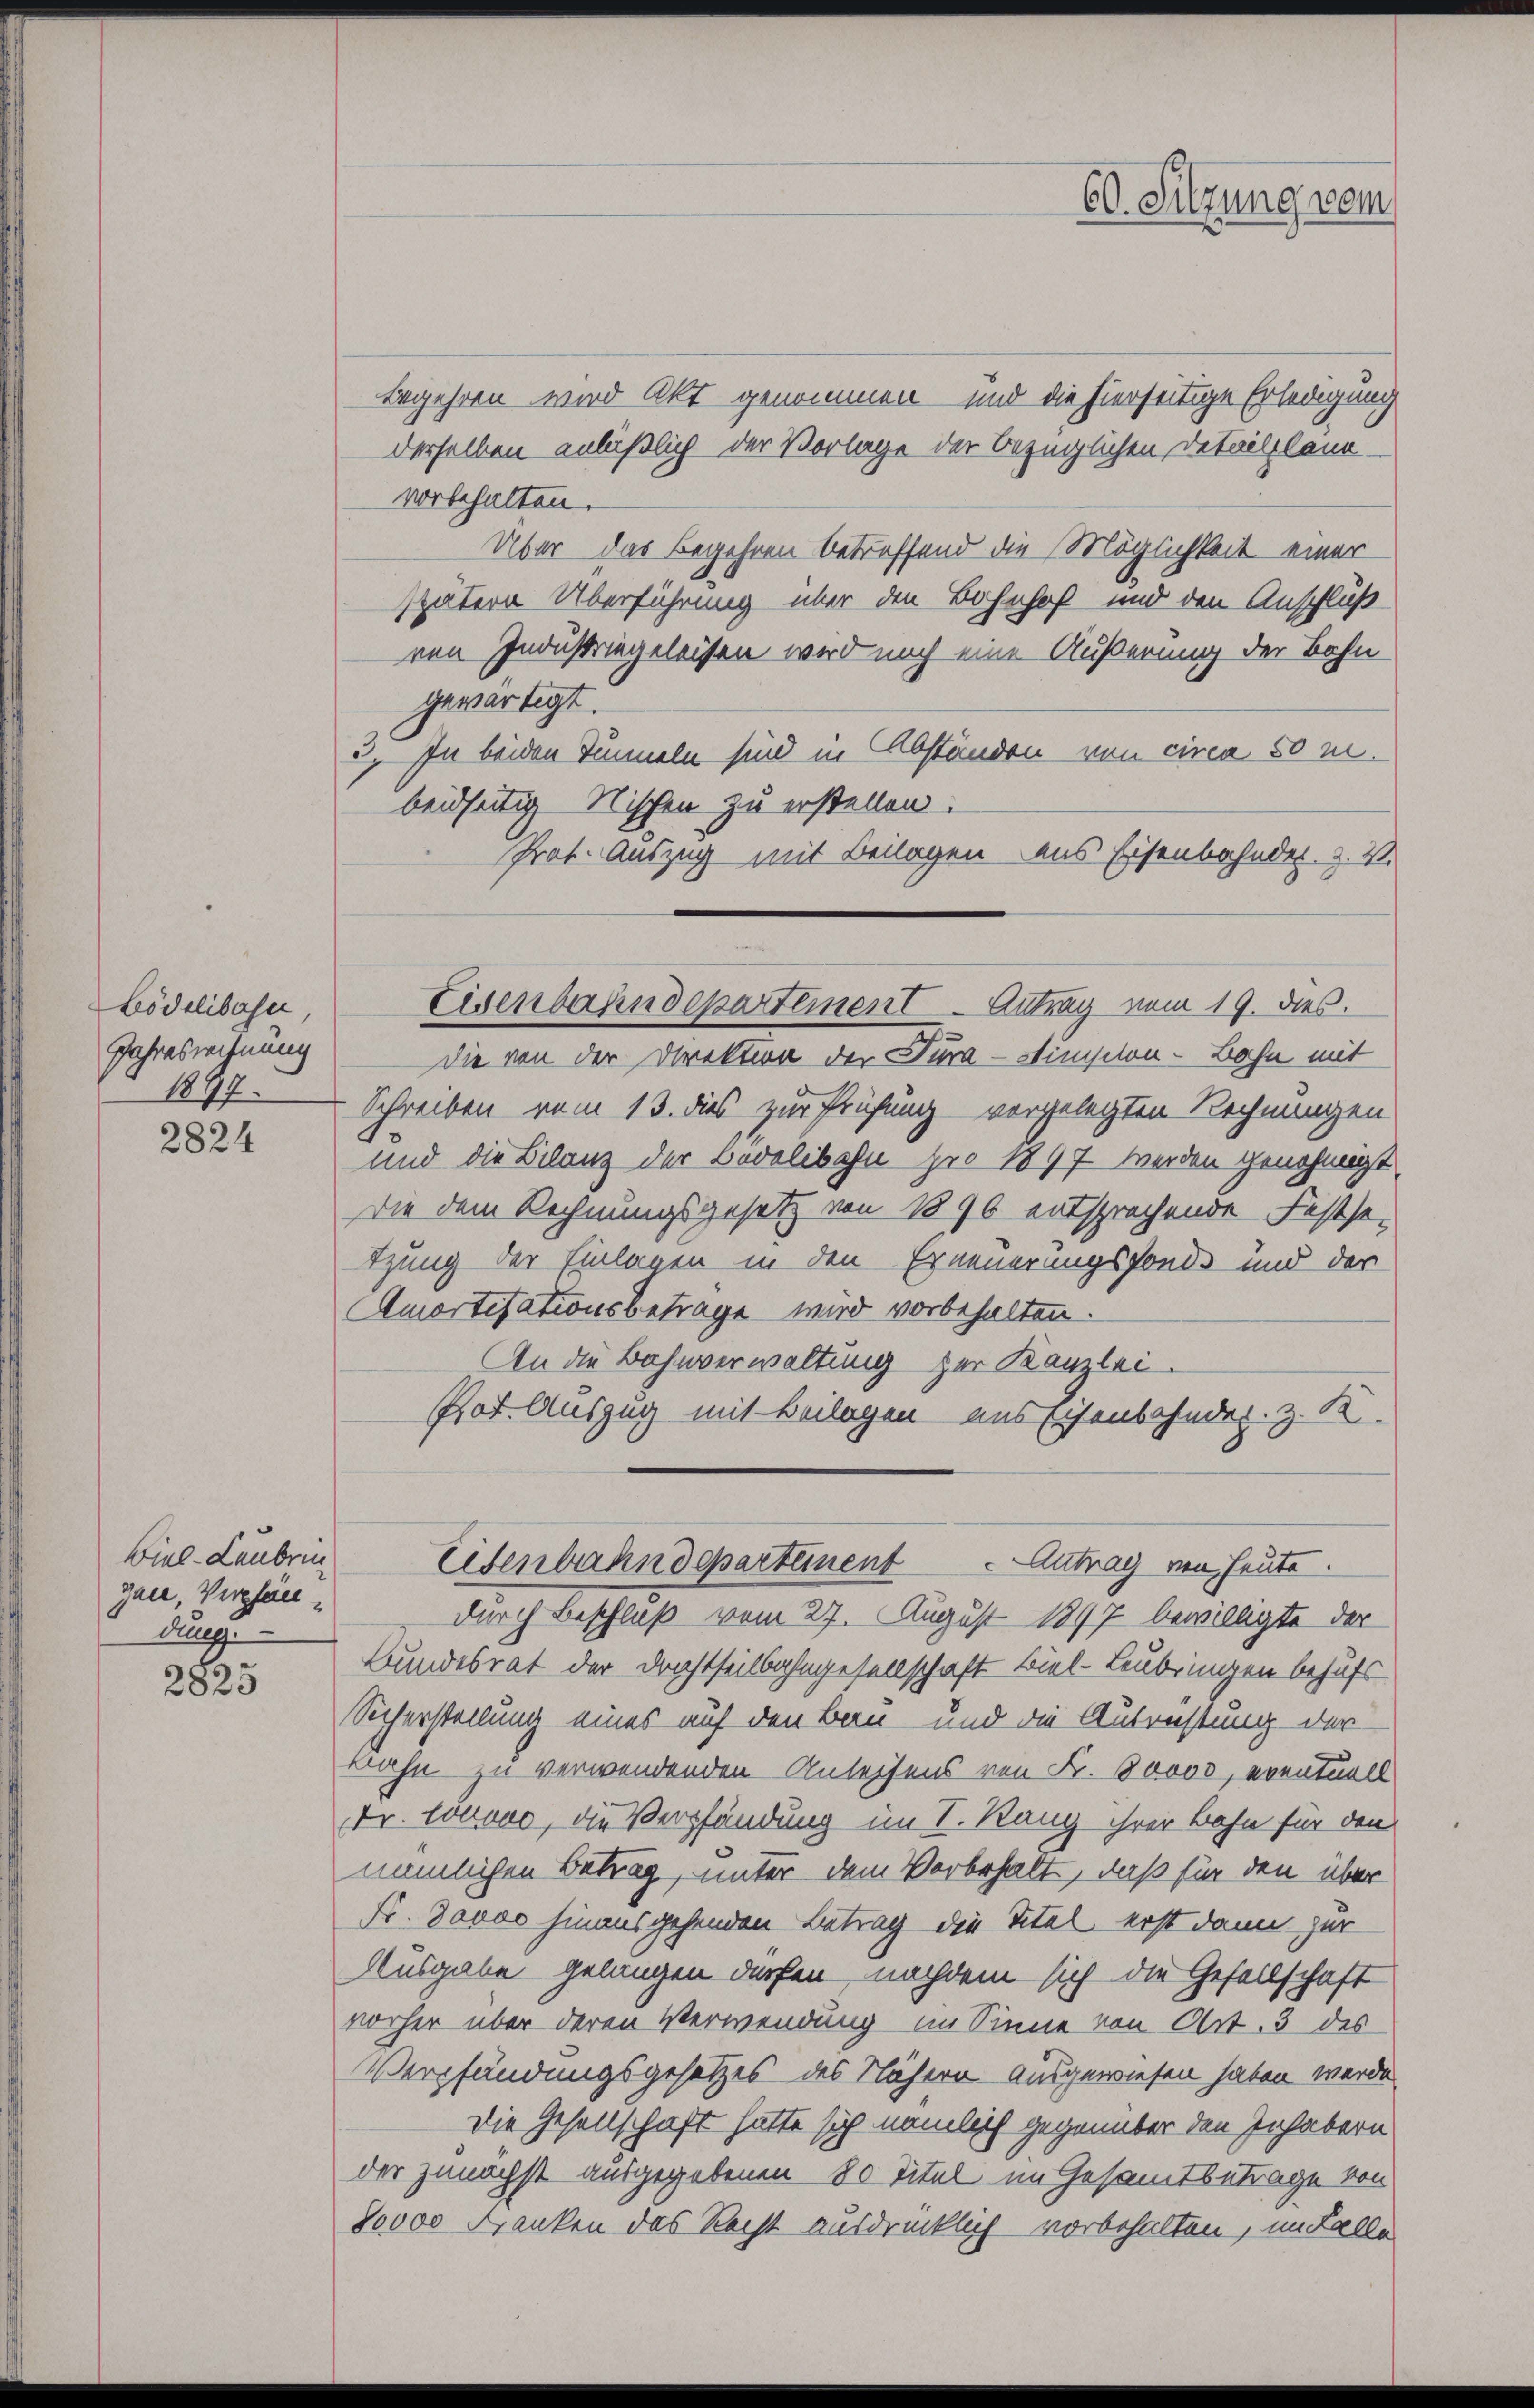
Lödelibase,
Jahreszeitung
1894.

2824

Begehren wird Akt genommen und die hierseitige Erledigung
derselben anläßlich der Vorlage der bezüglichen Detailplana-
vorbehalten.
Über das Begehren betreffend die Möglichkeit einer
spätern Überführung über den Bahnhof und den Anschluß
ven Industringeleisten wird noch eine Äußerung der Bahn
gewärtigt.
3.) In beiden Tunneln sind in Abständen von circa 50 u.
beidseitig Nischen zu erstellen.
Prat. Auszug mit Beilagen aus Eisenbahnder. Z. V.
Eisenbahndepartement - Antrag vom 19. dies.
Die von der Direktion der Tura-Stimston-Bahn mit
Schreiben vom 13. dies zur Prüfung vorgelegten Rechnungen
und die Bilanz der Bodelibahn pro 1897 werden genehmigt,
Die dem Rechnungsgesetz von 1896 entsprechende Festsetzung der Einlagen in den Erneuerungsfonde und der
Amortisationsbetrage wird vorbehalten.
An die Bahnverwaltung zur Kanzlei
Prot. Auszug mit Beilagen uns Eisenbahnder. z. K

Biel-Leubrunn
gaee, Verpfän
dunge

2825

durch Beschluß vom 27. August 1897 bewilligte der
Bundesrat der Drechtseitbahngesellschaft Biel-Leubringen behufs
Sicherstellung eines auf den Bau und die Ausrüstung der
kahn zu verwendenden Anleihens von Fr. 30000, eventuell
Dr. Louvre, die Verpfändung im I. Rang ihrer Bahn für den
nämlichen Betrag, unter dem Vorbehalt, daß für den über
Fr. Davos hinausgehenden Betrag die Titel, erst dann zur
Ausgabe gelangen dürfen, nachdem sich die Gesellschaft
vorher über deren Verwendung im Sinne von Art. 3 des
Verpfändungsgesetzes des Nähern ausgewiesen haben werde.
Die Gesellschaft hatte sich nämlich gegenüber den Inhabern
der zunächst ausgegebenen 80 Titel im Gesamtbetrage von
80000 Franken das Recht ausdrücklich vorbehalten, im Falle

60. Sitzung vom

Eisenbahndeparteinent Antrag von heute.